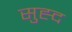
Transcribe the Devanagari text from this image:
सुह्द